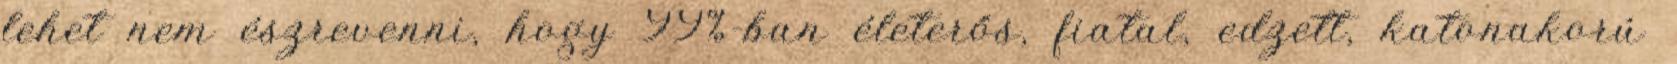
lehet nem észrevenni, hogy 99%-ban életerős, fiatal, edzett, katonakorú